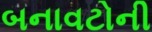
બનાવટોની